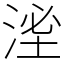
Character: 㳴